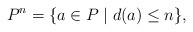
\begin{align*}P^n=\{a\in P\mid d(a)\le n\}, \end{align*}